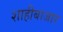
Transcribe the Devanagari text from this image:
शाहीबाजार